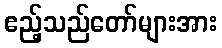
ဧည့်သည်တော်များအား